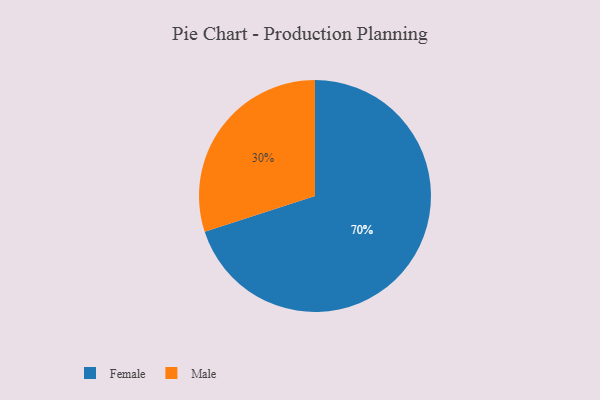
{"axis": {"x": "Category", "y": "Percentage"}, "legend": ["Female", "Male"], "data": [{"x": "Male", "y": 30, "type": "Male"}, {"x": "Female", "y": 70, "type": "Female"}]}